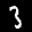
Label: 3